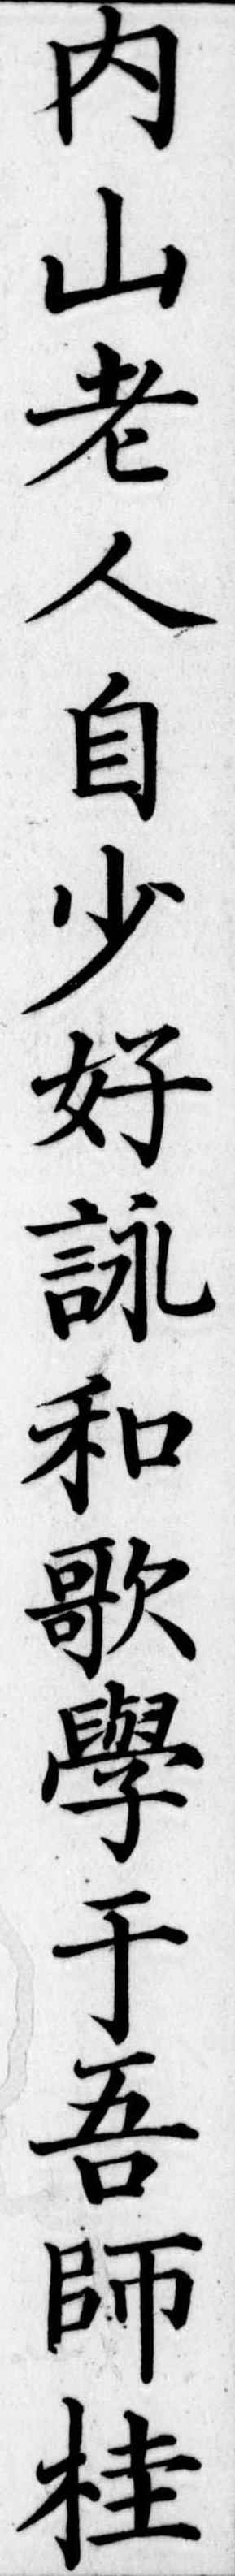
内山老人自少好詠和歌学于吾師桂